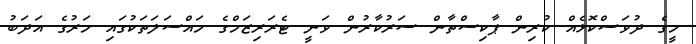
މީގެ ދުވަސްކޮޅެއް ކުރިން ޕާކިސްތާން ސަރުކާރުން ވަނީ ޓެރަރިޒަމްގެ މައްސަލަތަކުގައި މަރުގެ އަދަބު